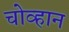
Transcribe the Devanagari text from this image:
चोव्हान